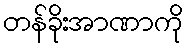
တန်ခိုးအာဏာကို